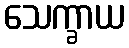
သေက္ခာယ